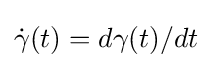
{\dot {\gamma }}(t)=d\gamma (t)/dt